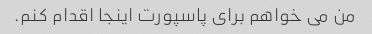
من می خواهم برای پاسپورت اینجا اقدام کنم.